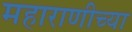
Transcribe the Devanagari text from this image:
महाराणीच्या